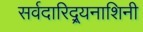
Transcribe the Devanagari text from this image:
सर्वदारिद्र्यनाशिनी